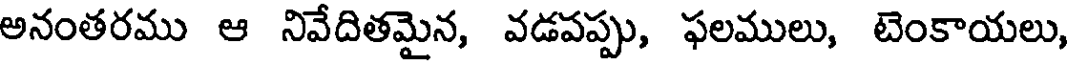
అనంతరము ఆ నివేదితమైన, వడపప్పు, ఫలములు, టెంకాయలు,